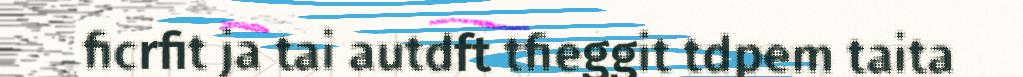
ficrfit ja tai autdft tfieggit tdpem taita